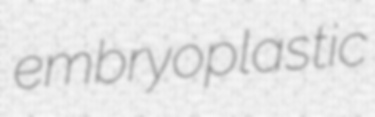
embryoplastic